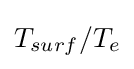
T_{surf}/T_{e}